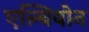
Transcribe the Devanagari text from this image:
एल्बियोन